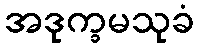
အဒုက္ခမသုခံ